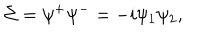
LaTeX: \Sigma = \psi ^ { + } \psi ^ { - } = - i \psi _ { 1 } \psi _ { 2 } ,